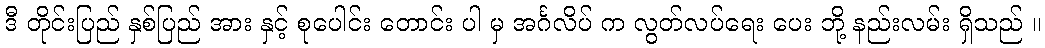
ဒီ တိုင်းပြည် နှစ်ပြည် အား နှင့် စုပေါင်း တောင်း ပါ မှ အင်္ဂလိပ် က လွတ်လပ်ရေး ပေး ဘို့ နည်းလမ်း ရှိသည် ။